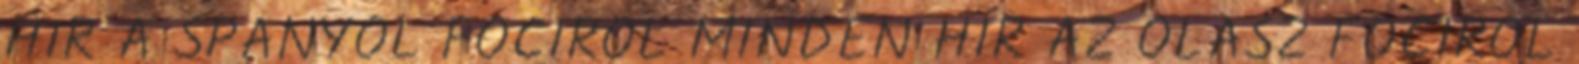
HÍR A SPANYOL FOCIRÓL MINDEN HÍR AZ OLASZ FOCIRÓL